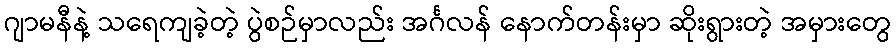
ဂျာမနီနဲ့ သရေကျခဲ့တဲ့ ပွဲစဉ်မှာလည်း အင်္ဂလန် နောက်တန်းမှာ ဆိုးရွားတဲ့ အမှားတွေ